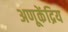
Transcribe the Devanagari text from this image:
अणूकेंद्रिय